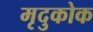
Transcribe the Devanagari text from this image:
मृदुकोक